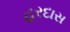
હરદાસ